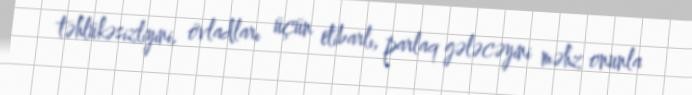
təhlükəsizliyini, övladları üçün etibarlı, parlaq gələcəyini məhz onunla